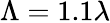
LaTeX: \Lambda=1.1\lambda